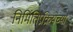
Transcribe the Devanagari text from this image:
निर्मितिप्रक्रियेच्या